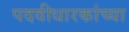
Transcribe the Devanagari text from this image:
पदवीधारकांच्या